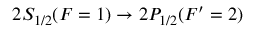
2 S _ { 1 / 2 } ( F = 1 ) \rightarrow 2 P _ { 1 / 2 } ( F ^ { \prime } = 2 )